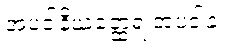
အပဒါနိယတ္ထေရ အပဒါန။